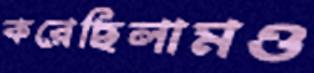
করেছিলামও